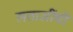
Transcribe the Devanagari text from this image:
लताजींची